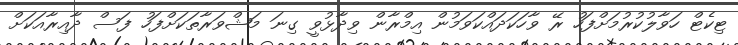
ޓިކެޓް ހަވާލުކުރުމަށްފަހު ރޭ ވާހަކަދައްކަވަމުން އިމްރާން ވިދާޅުވީ ގިނަ މަޝްވަރާތަކަށްފަހު ފަސް ދާއިރާއަކަށް